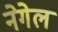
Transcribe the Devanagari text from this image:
नेगेल